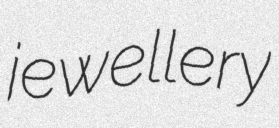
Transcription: jewellery